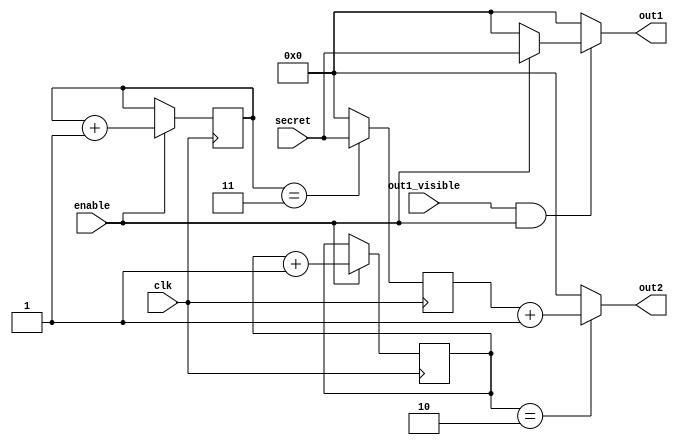
module demo (
    input clk, 
    input enable, out1_visible,
    input [31:0] secret,
    output [31:0] out2, out1
);

    /* The single-cycle composite flow
        secret -> temp1 -> out1
       is possible, since
       (enable & out1_visible & enable) is satisfiable.
    */
    wire [31:0] temp1 = (enable) ? secret : 0;
    assign out1 = (out1_visible & enable) ? temp1 : 0;

    /* The composite flow
        secret -> guard -> out2
       is impossible because of an invariant of execution.
       We always have prev = state - 1, but this flow
       requires (state == 3) on one clock cycle
       and (prev == 1) on the next.
    */

    reg [1:0] state = 0;
    reg [1:0] prev = 2;
    
    reg [31:0] guard = 0;

    always @(posedge clk) begin
        if (enable) begin
            state <= state + 1;
            prev <= prev + 1;
        end

        if (state == 3)
            guard <= secret;
        else
            guard <= 0;
    end

    assign out2 = (prev == 2) ? guard + 1: 0;

endmodule